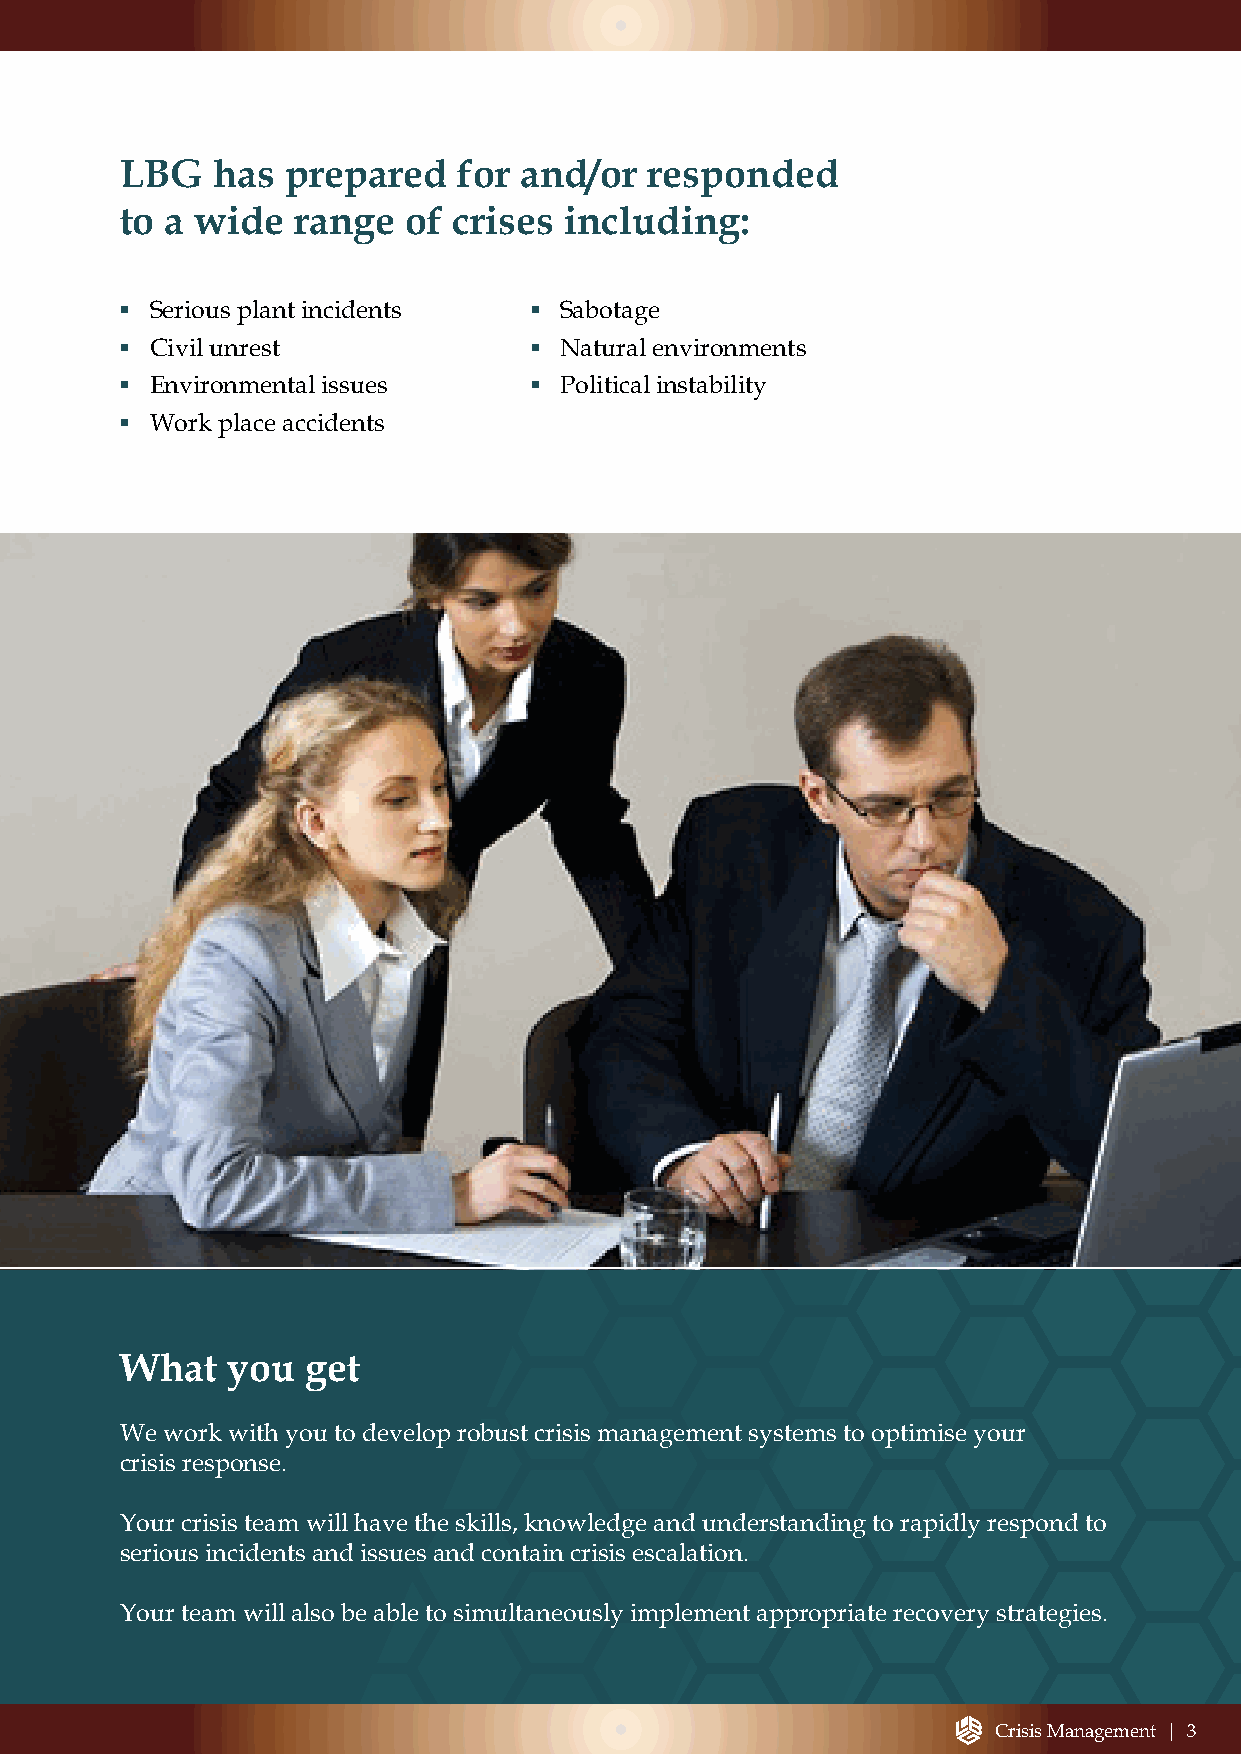
LBG   has  prepared   for and/or   responded
 to a wide  range   of crises including:
 ▪ Serious plant incidents  ▪ Sabotage
 ▪ Civil unrest             ▪ Natural environments
 ▪ Environmental issues     ▪ Political instability
 ▪ Work place accidents
 What   you  get
 We work with you to develop robust crisis management systems to optimise your
 crisis response.
 Your crisis team will have the skills, knowledge and understanding to rapidly respond to
 serious incidents and issues and contain crisis escalation.
 Your team will also be able to simultaneously implement appropriate recovery strategies.
 Crisis Management | 3